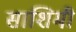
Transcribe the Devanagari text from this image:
साशिमी